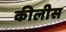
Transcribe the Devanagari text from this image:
कीलीस